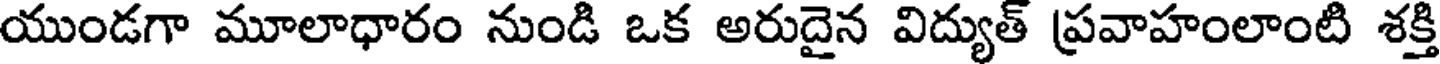
యుండగా మూలాధారం నుండి ఒక అరుదైన విద్యుత్ ప్రవాహంలాంటి శక్తి